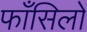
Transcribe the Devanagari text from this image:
फाँसिलों